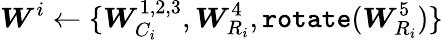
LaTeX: \boldsymbol{W}^{i}\leftarrow\{ \boldsymbol{W}_{C_{i}}^{1,2,3},\boldsymbol{W}_{R_{i}}^{4},\texttt{rotate}(\boldsymbol{W}_{R_{i}}^{5})\}